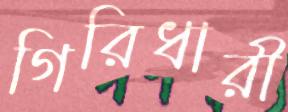
গিরিধারী